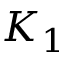
K _ { 1 }